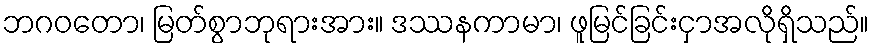
ဘဂဝတော၊ မြတ်စွာဘုရားအား။ ဒဿနကာမာ၊ ဖူမြင်ခြင်းငှာအလိုရှိသည်။